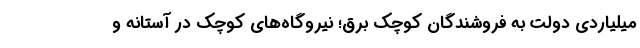
میلیاردی دولت به فروشندگان کوچک برق؛ نیروگاه‌های کوچک در آستانه و